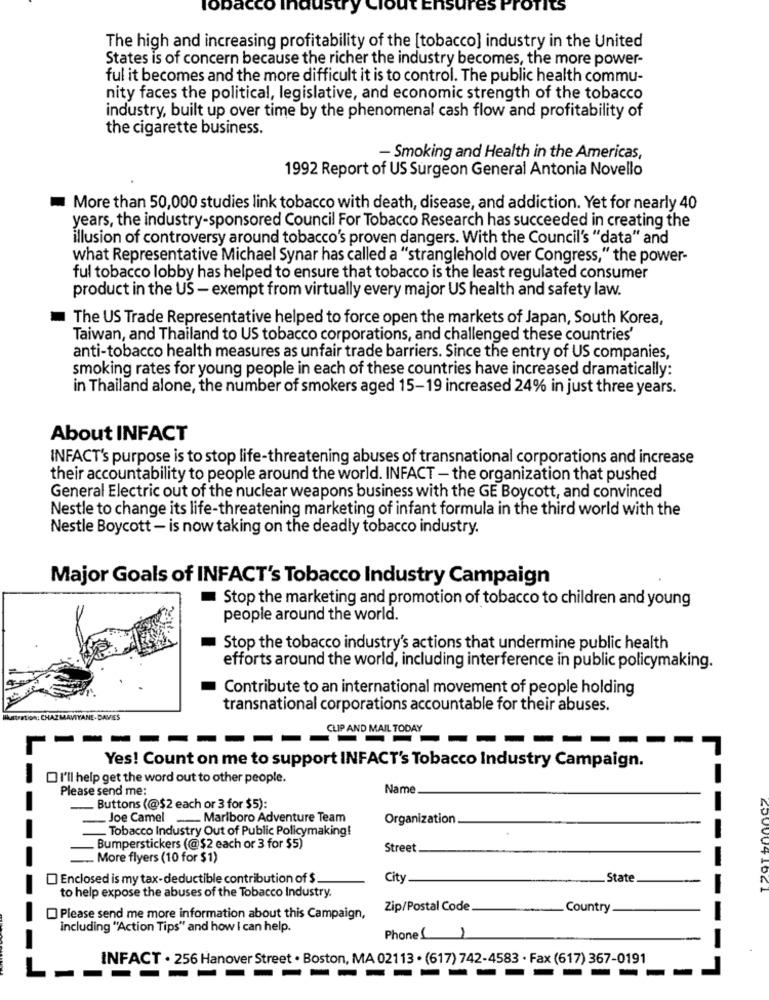
Tobacco Ir
TOTICS
The high and increasing profitability of the [tobacco] industry in the United
States is of concern because the richer the industry becomes, the more power-
ful it becomes and the more difficult it is to control. The public health commu-
nity faces the political, legislative, and economic strength of the tobacco
industry, built up over time by the phenomenal cash flow and profitability of
the cigarette business.
- Smoking and Health in the Americas,
1992 Report of US Surgeon General Antonia Novello
More than 50,000 studies link tobacco with death, disease, and addiction. Yet for nearly 40
years, the industry-sponsored Council For Tobacco Research has succeeded in creating the
illusion of controversy around tobacco's proven dangers. With the Council's "data" and
what Representative Michael Synar has called a "stranglehold over Congress," the power-
ful tobacco lobby has helped to ensure that tobacco is the least regulated consumer
product in the US - exempt from virtually every major US health and safety law.
The US Trade Representative helped to force open the markets of Japan, South Korea,
Taiwan, and Thailand to US tobacco corporations, and challenged these countries
anti-tobacco health measures as unfair trade barriers. Since the entry of US companies,
smoking rates for young people in each of these countries have increased dramatically:
in Thailand alone, the number of smokers aged 15-19 increased 24% in just three years.
About INFACT
INFACT's purpose is to stop life-threatening abuses of transnational corporations and increase
their accountability to people around the world. INFACT - the organization that pushed
General Electric out of the nuclear weapons business with the GE Boycott, and convinced
Nestle to change its life-threatening marketing of infant formula in the third world with the
Nestle Boycott - is now taking on the deadly tobacco industry.
Major Goals of INFACT's Tobacco Industry Campaign
Stop the marketing and promotion of tobacco to children and young
people around the world.
Stop the tobacco industry's actions that undermine public health
efforts around the world, including interference in public policymaking.
Contribute to an international movement of people holding
transnational corporations accountable for their abuses.
Ilustration: CHAZMAVIYANE.DAVIES
CLIP AND MAIL TODAY
-----
Yes! Count on me to support INFACT's Tobacco Industry Campaign.
I'll help get the word out to other people.
Please send me:
Name
- Buttons (@$2 each or 3 for $5):
_Joe Camel _ Marlboro Adventure Team
Organization.
Tobacco Industry Out of Public Policymaking!
Bumperstickers (@$2 each or 3 for $5)
Street
- More flyers (10 for $1)
Enclosed is my tax-deductible contribution of $
City
State
4500041621
to help expose the abuses of the Tobacco Industry.
Zip/Postal Code
Country
Please send me more information about this Campaign,
including "Action Tips" and how I can help.
Phone ( )
INFACT . 256 Hanover Street . Boston, MA 02113 . (617) 742-4583 . Fax (617) 367-0191